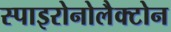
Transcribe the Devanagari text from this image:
स्पाइरोनोलैक्टोन